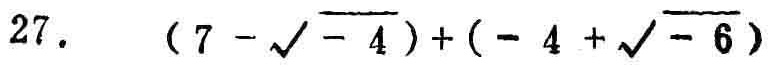
\(27.\quad(7 - \sqrt{-4})+(-4 + \sqrt{-6})\)